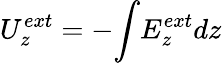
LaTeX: {U_{z}^{ext}}=-{\int}{E_{z}^{ext}}{dz}